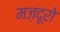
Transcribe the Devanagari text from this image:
मज़दूरो